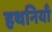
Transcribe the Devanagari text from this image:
हथनियाँ